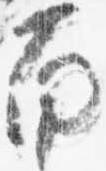
南